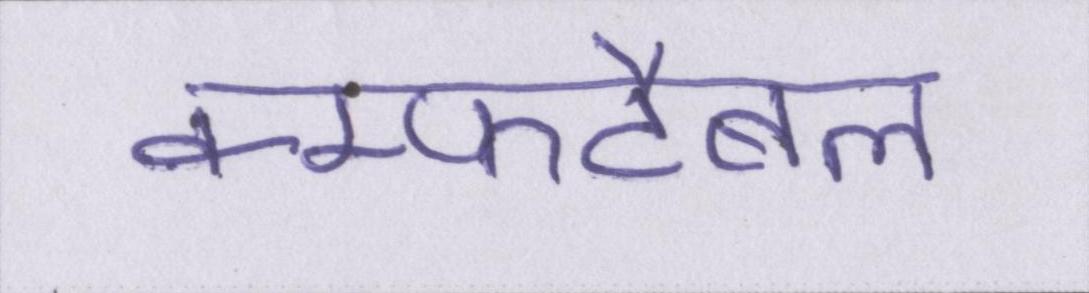
कम्फर्टेबल